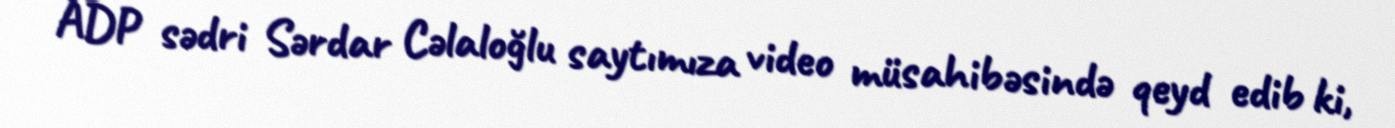
ADP sədri Sərdar Cəlaloğlu saytımıza video müsahibəsində qeyd edib ki,